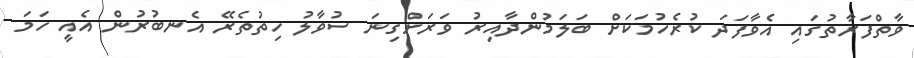
ވާތްފަރާތުގައި އެވާފަދަ ކުރެހުމަކަށް ބަލަމުންދާއިރު ވަރަށްގިނަ ސުވާލު ހިތުތެރޭ އެނބުރުން އެއީ ހަމަ